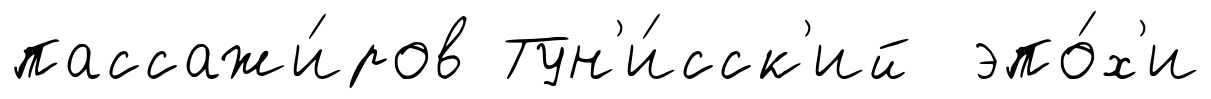
пассажи́ров Тун'и́сск'ий эпо́х'и